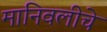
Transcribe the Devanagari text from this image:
मानिवलीचे